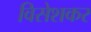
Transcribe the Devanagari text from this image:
विसेशकर